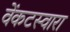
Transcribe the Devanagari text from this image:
वेंकटस्वारा